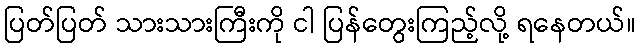
ပြတ်ပြတ် သားသားကြီးကို ငါ ပြန်တွေးကြည့်လို့ ရနေတယ်။